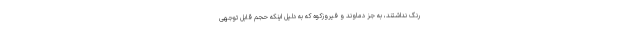
رنگ نداشتند، به جز دماوند و فیروزکوه که به دلیل اینکه حجم قابل توجهی